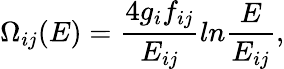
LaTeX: \Omega_{ij}(E)={\frac{4g_{i}f_{ij}}{E_{ij}}}ln{\frac{E}{E_{ij}}},